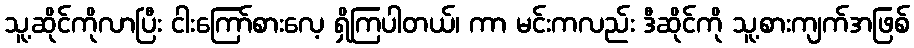
သူ့ဆိုင်ကိုလာပြီး ငါးကြော်စားလေ့ ရှိကြပါတယ်၊ ကာ မင်းကလည်း ဒီဆိုင်ကို သူ့စားကျက်အဖြစ်